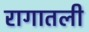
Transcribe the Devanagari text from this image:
रागातली